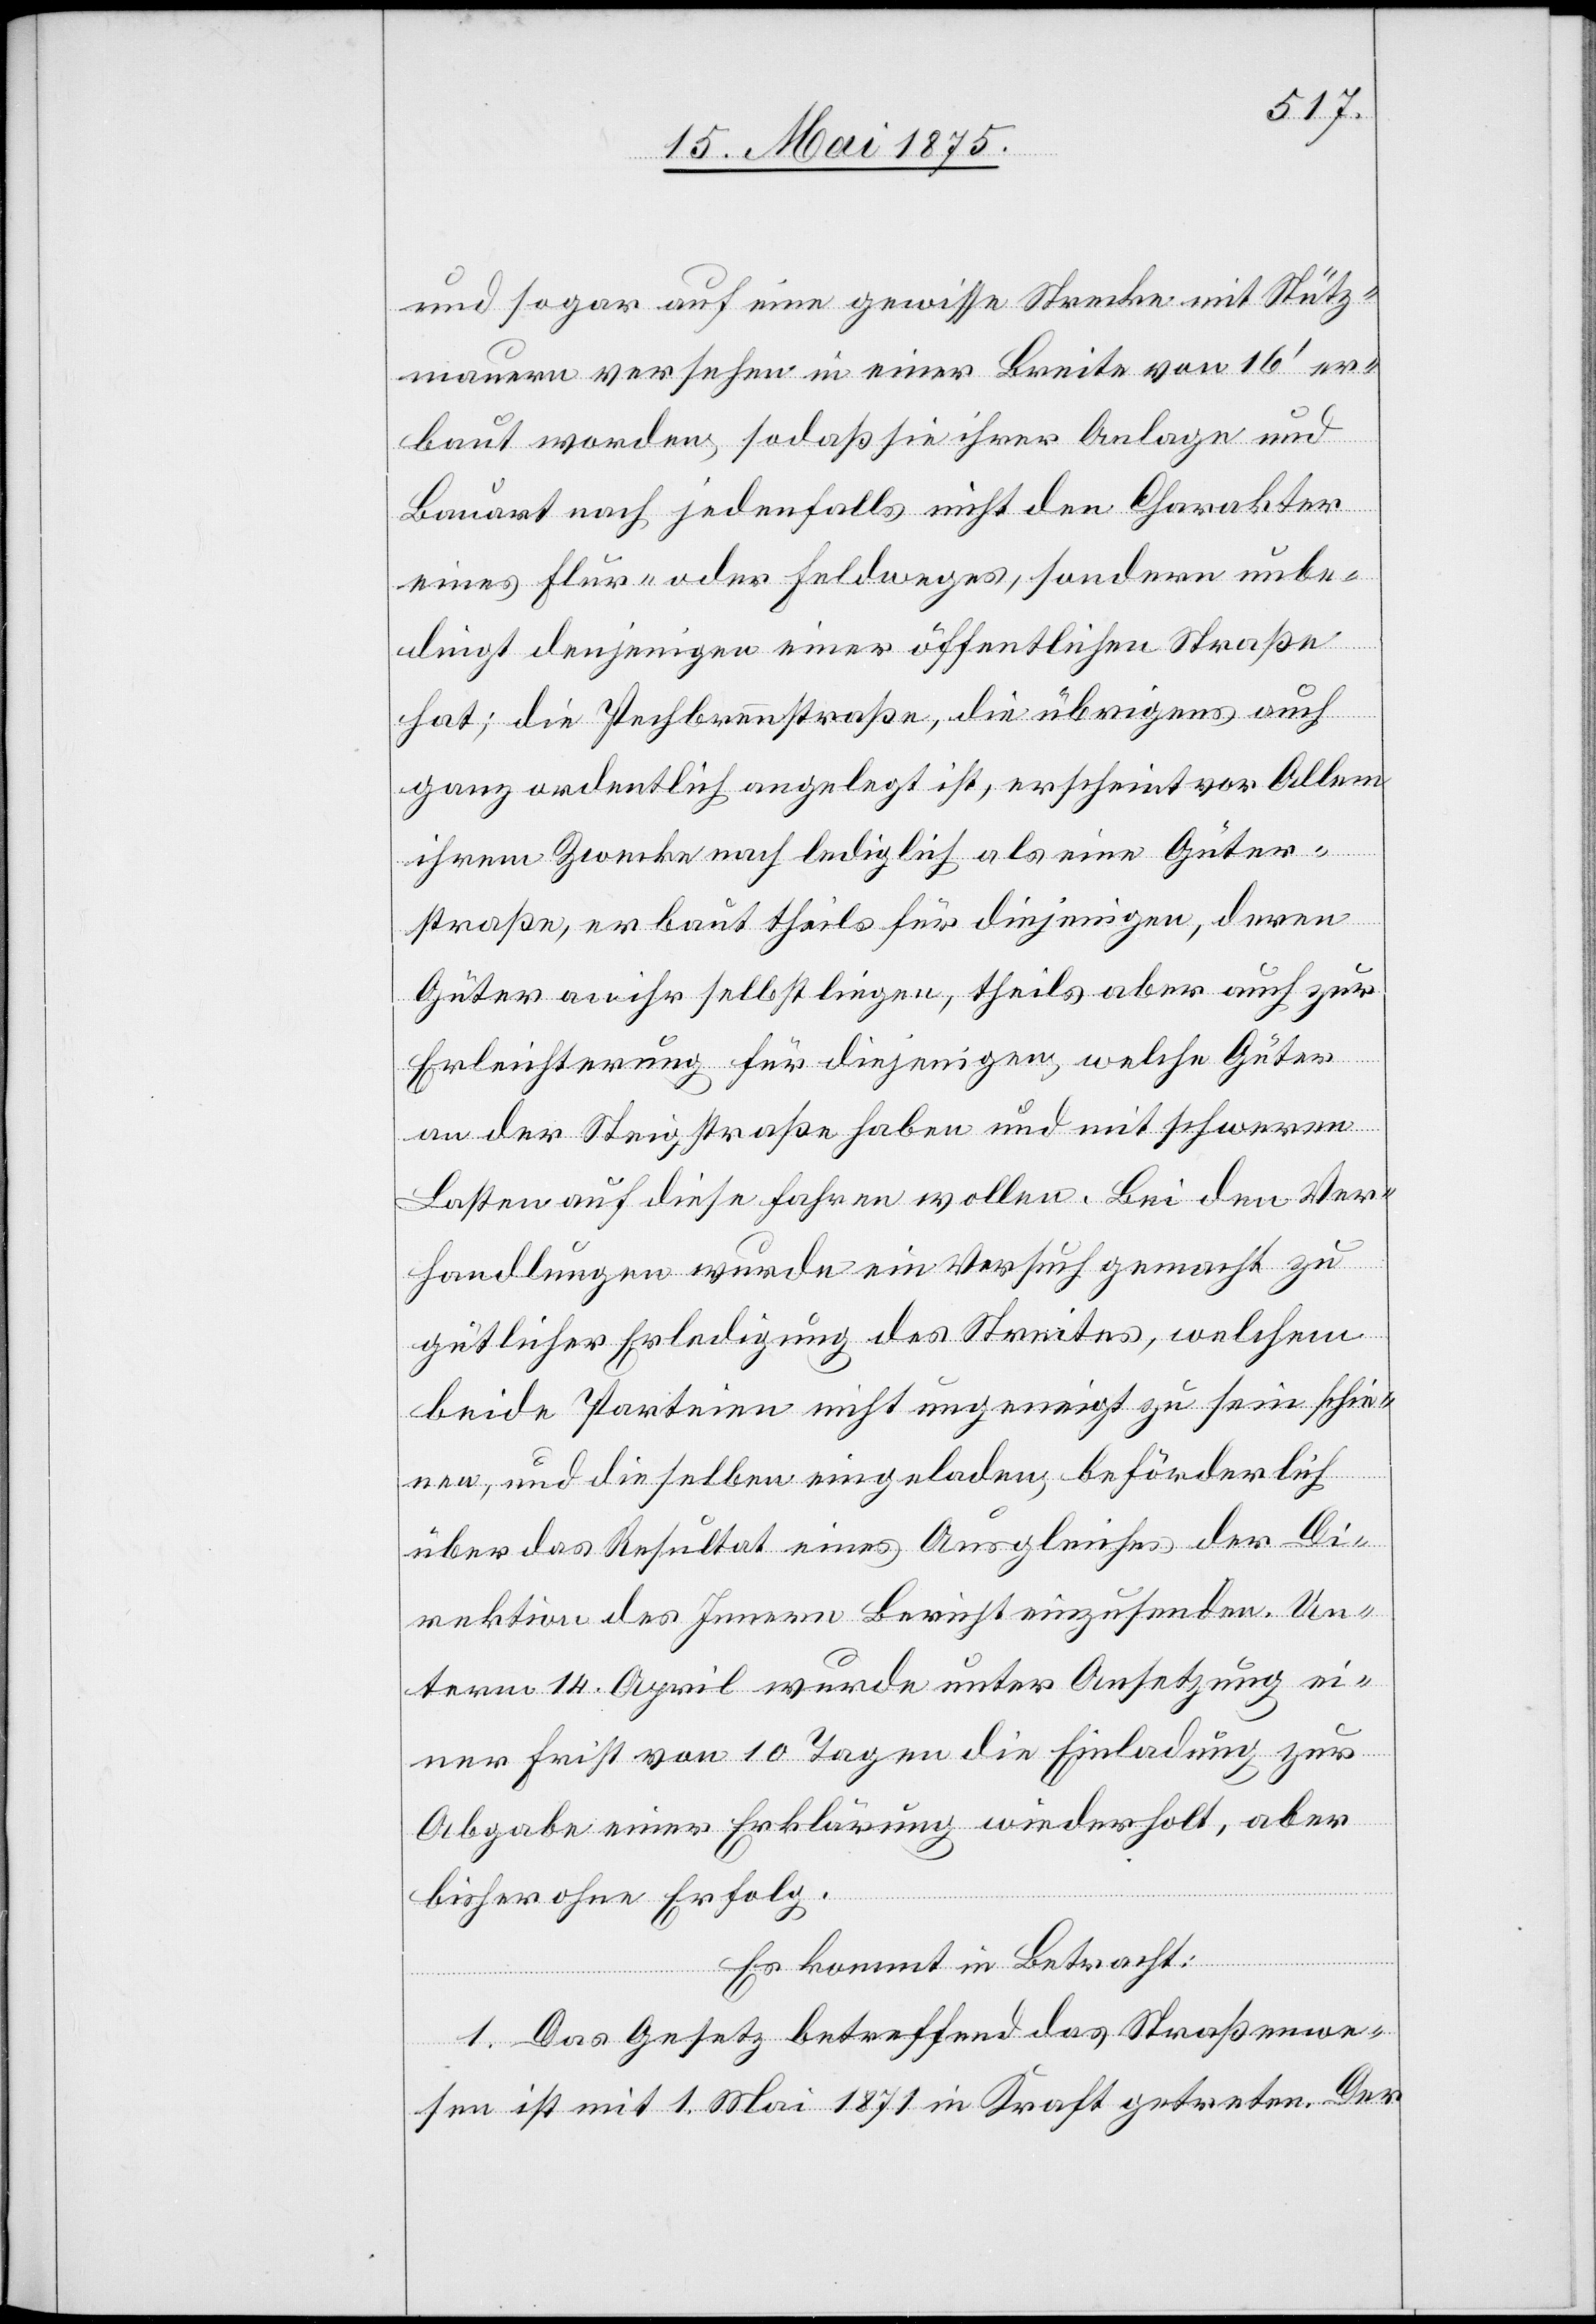
und sogar auf eine gewisse Strecke mit Stütz¬
mauern versehen in einer Breite von 16‘ er¬
baut worden, sobald sie ihrer Anlage und
Bauart nach jedenfalls nicht den Charakter
eines Flur- oder Feldweges, sondern unbe¬
dingt denjenigen einer öffentlichen Straße
hat; die Pechbrennstraße, die übrigens auch
ganz ordentlich angelegt ist, erscheint vor Allem
ihrem Zwecke nach lediglich als eine Güter¬
straße, erbaut theils für diejenigen, deren
Güter an ihr selbst liegen, theils aber auch zur
Erleichterung für diejenigen welche Güter
an der Steigstraße haben und mit schweren
Lasten auf diese fahren wollen. Bei den Ver¬
handlungen wurde ein Versuch gemacht zu
gütlicher Erledigung es Streites, welchem
beide Parteien nicht ungeneigt zu sein schie¬
nen, und dieselben eingeladen, beförderlich
über das Resultat eines Ausgleiches der Di¬
rektion des Innern Bericht einzusenden. Un¬
term 14. April wurde unter Ansetzung ei¬
ner Frist von 10 Tagen die Einladung zur
Abgabe einer Erklärung wiederholt, aber
bisher ohne Erfolg.
Es kommt in Betracht:
1. Das Gesetz betreffend das Straßenwe¬
sen ist mit 1. Mai 1871 in Kraft getreten. Der